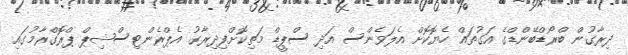
ދިރާގުން ބްރޯޑްބޭންޑްގެ އަގުތައް ހެޔޮކޮށް އެލަވެންސް އަދި ސްޕީޑް މަތިކޮށްފިދިރާގު އެޕްރެންޓިސްޝިޕް ޕްރޮގްރާމުގައި